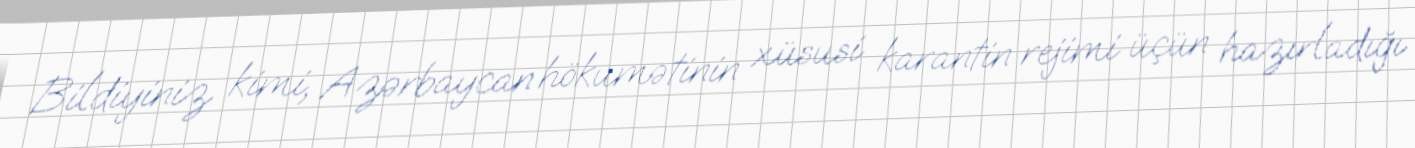
Bildiyiniz kimi, Azərbaycan hökumətinin xüsusi karantin rejimi üçün hazırladığı